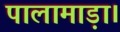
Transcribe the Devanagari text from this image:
पालामाड़ा।